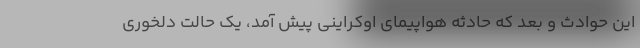
این حوادث و بعد که حادثه هواپیمای اوکراینی پیش آمد، یک حالت دلخوری